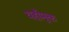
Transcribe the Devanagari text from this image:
यहाँमुक्त